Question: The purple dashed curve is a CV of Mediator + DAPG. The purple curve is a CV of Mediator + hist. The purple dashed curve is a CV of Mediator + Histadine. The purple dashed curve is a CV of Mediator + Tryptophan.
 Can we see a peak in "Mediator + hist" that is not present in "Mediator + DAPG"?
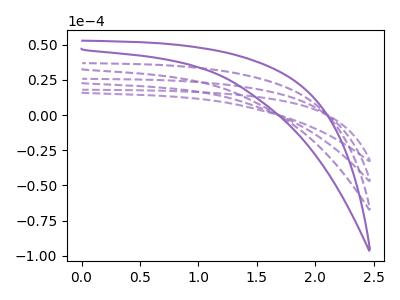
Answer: <think>The purple dashed curve "Mediator + DAPG" has no peaks. The purple curve "Mediator + hist" has no peaks. The purple dashed curve "Mediator + Histadine" has no peaks. The purple dashed curve "Mediator + Tryptophan" has no peaks.
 Neither "Mediator + hist" or "Mediator + DAPG" have any peaks.</think>
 <answer>No, "Mediator + hist" and "Mediator + DAPG" don't appear to be significantly different in shape</answer>
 <eval>no_change</eval>